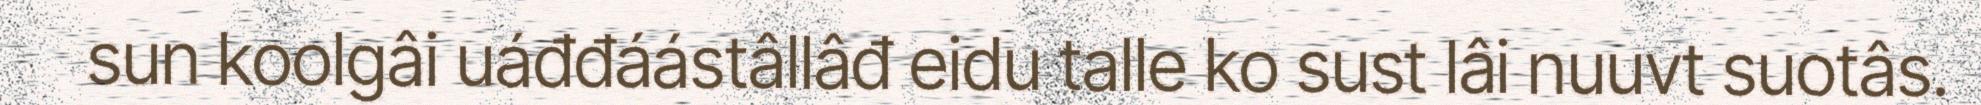
sun koolgâi uáđđáástâllâđ eidu talle ko sust lâi nuuvt suotâs.